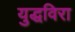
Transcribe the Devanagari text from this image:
युद्धविरा